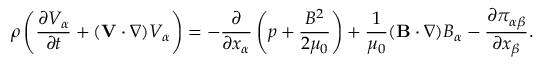
\rho \left( \frac { \partial V _ { \alpha } } { \partial t } + ( \mathbf { V } \cdot \nabla ) V _ { \alpha } \right) = - \frac { \partial } { \partial x _ { \alpha } } \left( p + \frac { B ^ { 2 } } { 2 \mu _ { 0 } } \right) + \frac { 1 } { \mu _ { 0 } } ( \mathbf { B } \cdot \nabla ) B _ { \alpha } - \frac { \partial \pi _ { \alpha \beta } } { \partial x _ { \beta } } .